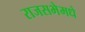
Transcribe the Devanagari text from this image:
राजसभेमधे